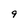
Character: 9